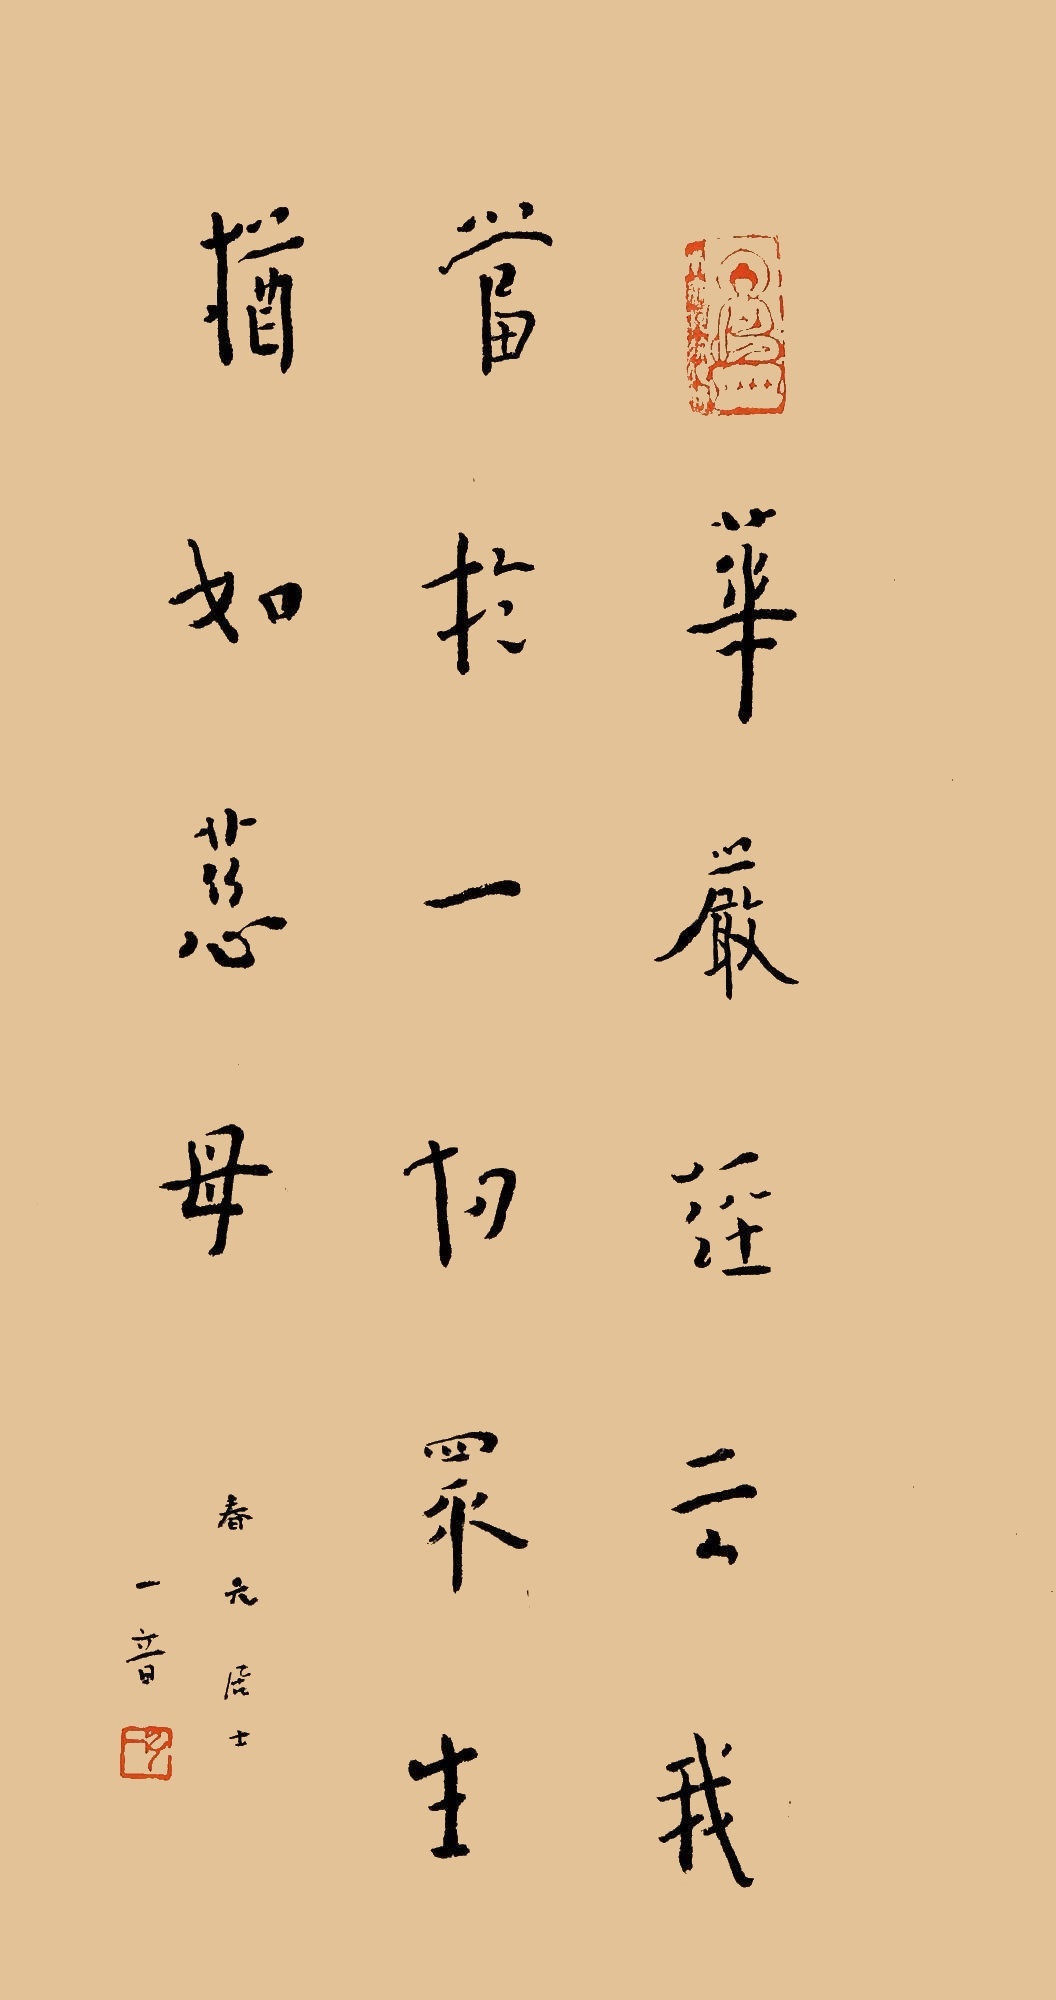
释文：华严经云：我当于一切众生犹如慈母。春元居士，一音。